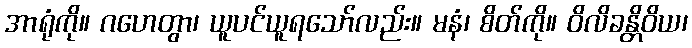
အာရုံကို။ ဂဟေတွာ၊ ယူပင်ယူရသော်လည်း။ မနံ၊ စိတ်ကို။ ဝိလိခန္တိဝိယ၊